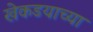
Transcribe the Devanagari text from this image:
खेकडयाच्या